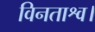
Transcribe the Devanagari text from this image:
विनताश्व।